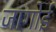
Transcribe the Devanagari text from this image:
जागोई